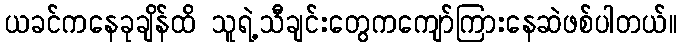
ယခင်ကနေခုချိန်ထိ သူရဲ့သီချင်းတွေကကျော်ကြားနေဆဲဖစ်ပါတယ်။